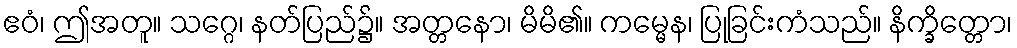
ဧဝံ၊ ဤအတူ။ သဂ္ဂေ၊ နတ်ပြည်၌။ အတ္တနော၊ မိမိ၏။ ကမ္မေန၊ ပြုခြင်းကံသည်။ နိက္ခိတ္တော၊